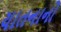
યાતનાનો